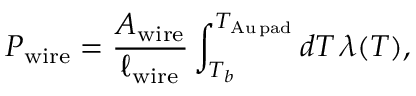
P _ { \mathrm { w i r e } } = \frac { A _ { \mathrm { w i r e } } } { \ell _ { \mathrm { w i r e } } } \int _ { T _ { b } } ^ { T _ { \mathrm { A u \, p a d } } } \mathop { d T } \lambda ( T ) ,